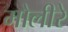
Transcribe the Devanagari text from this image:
मोलीरे